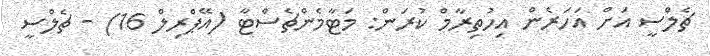
ޗެލްސީ އަށް އަހަރެން އިހުތިރާމް ކުރަން: މަޓާމެންޗެސްޓާ (އޭޕްރިލް 16) - ޗެލްސީ